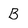
Character: B